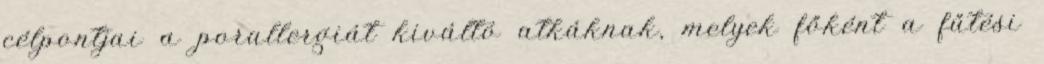
célpontjai a porallergiát kiváltó atkáknak, melyek főként a fűtési